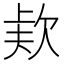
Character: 𣣇